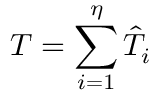
T = \sum _ { i = 1 } ^ { \eta } \hat { T } _ { i }